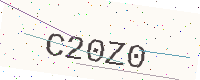
Text: C20Z0